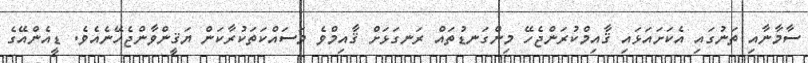
ސާމާނާއި ތަނުގައި އެކަށައަޅައި ޤާއިމްކުރަންޖެހޭ މިންގަނޑުތައް ރަނގަޅަށް ޤާއިމްވެ މަސައްކަތަކުރާކަން ޔަޤީންވާންޖެހޭނެއެވެ. ޑީއެންއޭގެ